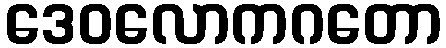
ဒေဝလောကဂတော